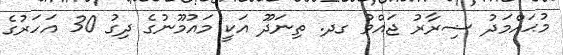
މުޙައްމަދު ޟިރާރު ޖައްވު ގދ. ތިނަދޫ އަކީ މައުމޫނުގެ ދިގު 30 އަހަރުގެ